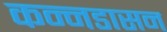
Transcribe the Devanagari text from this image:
कन्नडासन